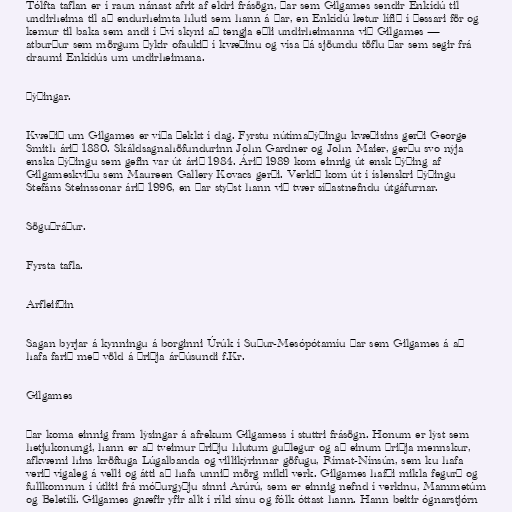
Tólfta taflan er í raun nánast afrit af eldri frásögn, þar sem Gilgames sendir Enkídú til
undirheima til að endurheimta hluti sem hann á þar, en Enkídú lætur lífið í þessari för og
kemur til baka sem andi í því skyni að tengja eðli undirheimanna við Gilgames —
atburður sem mörgum þykir ofaukið í kvæðinu og vísa þá sjöundu töflu þar sem segir frá
draumi Enkídús um undirheimana.

Þýðingar.

Kvæðið um Gilgames er víða þekkt í dag. Fyrstu nútímaþýðingu kvæðisins gerði George
Smith árið 1880. Skáldsagnahöfundurinn John Gardner og John Maier, gerðu svo nýja
enska þýðingu sem gefin var út árið 1984. Árið 1989 kom einnig út ensk þýðing af
Gilgameskviðu sem Maureen Gallery Kovacs gerði. Verkið kom út í íslenskri þýðingu
Stefáns Steinssonar árið 1996, en þar styðst hann við tvær síðastnefndu útgáfurnar.

Söguþráður.

Fyrsta tafla.

Arfleifðin

Sagan byrjar á kynningu á borginni Úrúk í Suður-Mesópótamíu þar sem Gilgames á að
hafa farið með völd á þriðja árþúsundi f.Kr.

Gilgames

Þar koma einnig fram lýsingar á afrekum Gilgamess í stuttri frásögn. Honum er lýst sem
hetjukonungi, hann er að tveimur þriðju hlutum guðlegur og að einum þriðja mennskur,
afkvæmi hins kröftuga Lúgalbanda og villikýrinnar göfugu, Rímat-Nínsún, sem ku hafa
verið vígaleg á velli og átti að hafa unnið mörg mikil verk. Gilgames hafði mikla fegurð og
fullkomnun í útliti frá móðurgyðju sinni Arúrú, sem er einnig nefnd í verkinu, Mammetúm
og Beletílí. Gilgames gnæfir yfir allt í ríki sínu og fólk óttast hann. Hann beitir ógnarstjórn